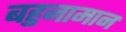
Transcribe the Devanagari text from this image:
बहुनामान